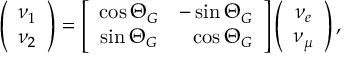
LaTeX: \left( \begin{array} { c } { { \nu _ { 1 } } } \\ { { \nu _ { 2 } } } \end{array} \right) = \left[ \begin{array} { c c } { { \cos \Theta _ { G } } } & { { - \sin \Theta _ { G } } } \\ { { \sin \Theta _ { G } } } & { { \ \ \cos \Theta _ { G } } } \end{array} \right] \left( \begin{array} { c } { { \nu _ { e } } } \\ { { \nu _ { \mu } } } \end{array} \right) ,